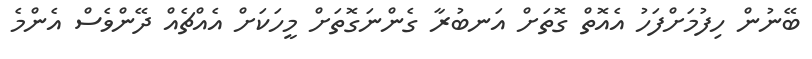
ބޭނުން ހިފުމަށްފަހު އެއޮތް ގޮތަށް އަނބުރާ ގެންނަގޮތަށް މީހަކަށް އެއްޗެއް ދޭންވެސް އެންމެ